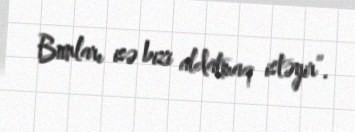
Bunları isə bizi aldatmaq istəyir”.